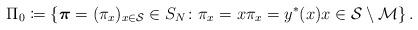
LaTeX: \begin{align*} \Pi_0\coloneqq \left\{\boldsymbol{\pi}=(\pi_x)_{x\in\mathcal{S}}\in S_{N}\colon \pi_x=x\pi_x=y^*(x)x\in\mathcal{S}\setminus\mathcal{M}\right\}.\end{align*}